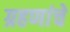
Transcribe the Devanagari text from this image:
ग्रहणांचे